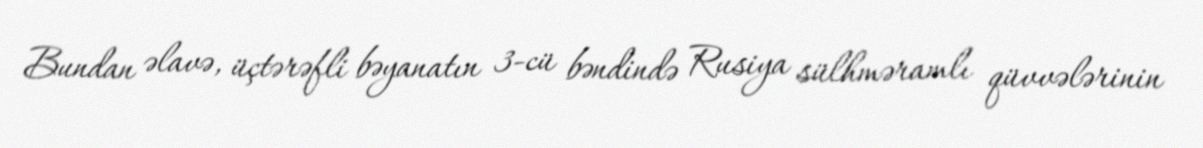
Bundan əlavə, üçtərəfli bəyanatın 3-cü bəndində Rusiya sülhməramlı qüvvələrinin